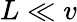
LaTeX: L\ll v